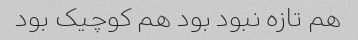
هم تازه نبود بود هم کوچیک بود